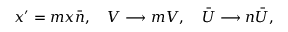
x ^ { \prime } = m x \bar { n } , ~ ~ ~ V \longrightarrow m V , ~ ~ ~ \bar { U } \longrightarrow n \bar { U } ,